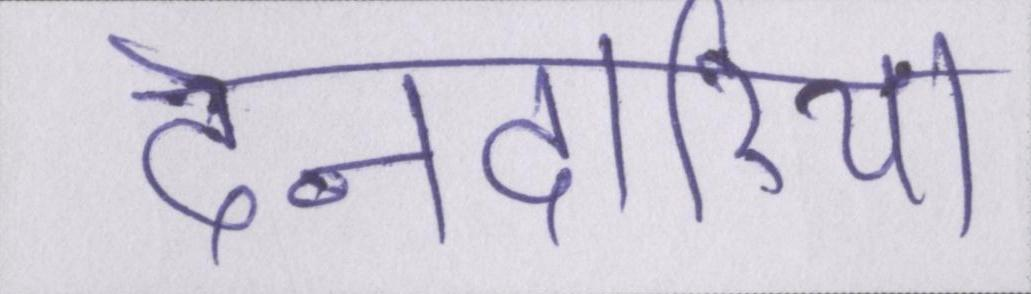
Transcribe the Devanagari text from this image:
देनदारियां